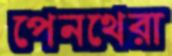
পেনথেরা